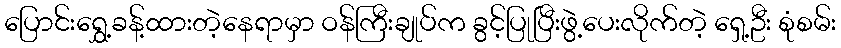
ပြောင်းရွှေ့ခန့်ထားတဲ့နေရာမှာ ဝန်ကြီးချုပ်က ခွင့်ပြုပြီးဖွဲ့ပေးလိုက်တဲ့ ရှေ့ဦး စုံစမ်း